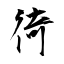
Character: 徛